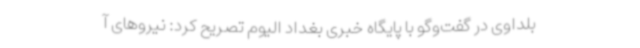
بلداوی در گفت‌وگو با پایگاه خبری بغداد الیوم تصریح کرد: نیروهای آ